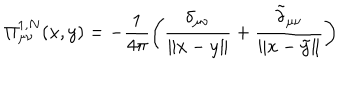
\Pi _ { \mu \nu } ^ { 1 , N } ( x , y ) = - \frac { 1 } { 4 \pi } \biggl ( \frac { \delta _ { \mu \nu } } { \| x - y \| } + \frac { \tilde { \delta } _ { \mu \nu } } { \| x - \tilde { y } \| } \biggr )